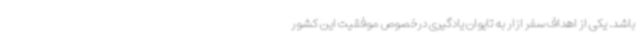
باشد. یکی از اهداف سفر ازار به تایوان یادگیری درخصوص موفقیت این کشور